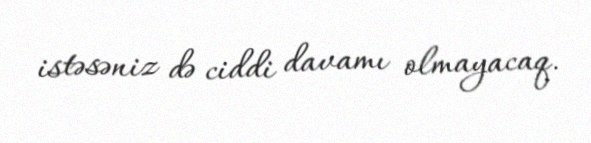
istəsəniz də ciddi davamı olmayacaq.